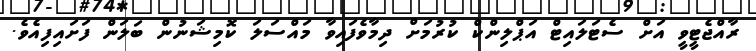
ރާއްޖެޓީވީ އަށް ސެޓަލައިޓް އަޕްލިންކް ކުރުމަށް ދިމާވެފައިވާ މައްސަލަ ކޮމިޝަނުން ބަލަން ފަށައިފިއެވެ.